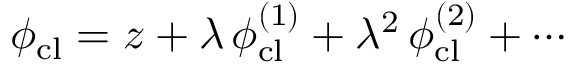
\phi _ { \mathrm { c l } } = z + \lambda \, \phi _ { \mathrm { c l } } ^ { ( 1 ) } + \lambda ^ { 2 } \, \phi _ { \mathrm { c l } } ^ { ( 2 ) } + \cdots